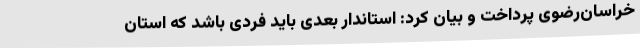
خراسان‌رضوی پرداخت و بیان کرد: استاندار بعدی باید فردی باشد که استان